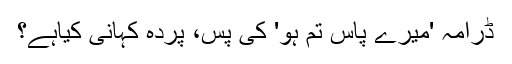
ڈرامہ 'میرے پاس تم ہو' کی پس، پردہ کہانی کیاہے؟